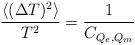
LaTeX: \begin{align*}\frac{\left< (\Delta T)^2 \right>}{T^2} = \frac{1}{C_{Q_e,Q_m}}\end{align*}